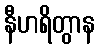
နီဟရိတွာန